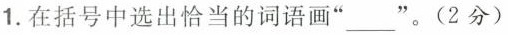
1.在括号中选出恰当的词语画”___”。(2分)